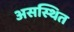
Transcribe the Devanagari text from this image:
असस्थित